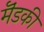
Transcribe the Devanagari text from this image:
मॆंडकी